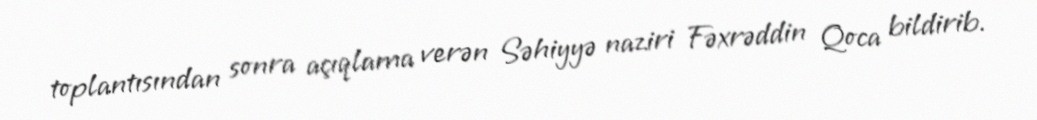
toplantısından sonra açıqlama verən Səhiyyə naziri Fəxrəddin Qoca bildirib.